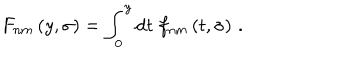
F _ { n m } \left( y , \sigma \right) = \int _ { 0 } ^ { y } \mathrm { d } t \; f _ { n m } \left( t , \sigma \right) \, .